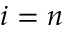
i = n